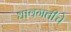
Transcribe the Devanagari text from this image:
धावगतीचे